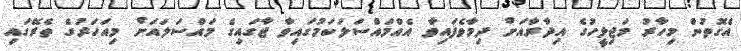
އެގޮތުން މިހާރު މަޖިލީހުގެ އިދާރާއަށް ދިމާވެފައިވާ އެއްމައްސަލަކަމުގައިވާ ޖާގައިގެ މައްސަލައަށް މިއަހަރުގެ ތެރޭގައި